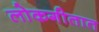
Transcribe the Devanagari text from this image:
लोकगीतात